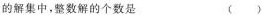
的解集中，整数解的个数是 ( )